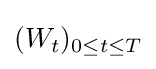
(W_{t})_{0\leq t\leq T}